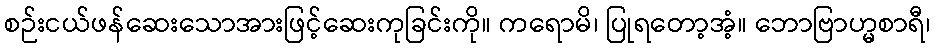
စဉ်းငယ်ဖန်ဆေးသောအားဖြင့်ဆေးကုခြင်းကို။ ကရောမိ၊ ပြုရတော့အံ့။ ဘောဗြာဟ္မစာရီ၊